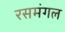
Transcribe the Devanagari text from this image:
रसमंगल